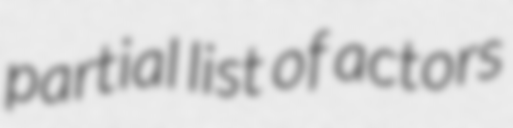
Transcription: partial list of actors